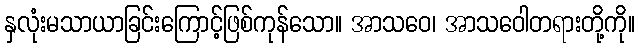
နှလုံးမသာယာခြင်းကြောင့်ဖြစ်ကုန်သော။ အာသဝေ၊ အာသဝေါတရားတို့ကို။